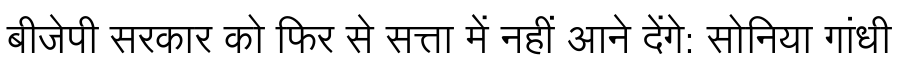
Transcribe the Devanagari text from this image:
बीजेपी सरकार को फिर से सत्ता में नहीं आने देंगे: सोनिया गांधी